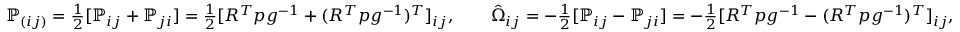
\begin{array} { r } { { \mathbb P } _ { ( i j ) } = \frac 1 2 [ { \mathbb P } _ { i j } + { \mathbb P } _ { j i } ] = \frac 1 2 [ R ^ { T } p g ^ { - 1 } + ( R ^ { T } p g ^ { - 1 } ) ^ { T } ] _ { i j } , \qquad \hat { \Omega } _ { i j } = - \frac 1 2 [ { \mathbb P } _ { i j } - { \mathbb P } _ { j i } ] = - \frac 1 2 [ R ^ { T } p g ^ { - 1 } - ( R ^ { T } p g ^ { - 1 } ) ^ { T } ] _ { i j } , } \end{array}